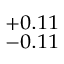
^ { + 0 . 1 1 } _ { - 0 . 1 1 }